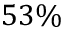
5 3 \%